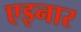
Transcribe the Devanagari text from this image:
एइनार